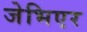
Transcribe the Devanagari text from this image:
जेभिएर